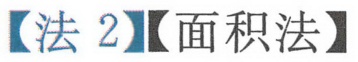
【法 2】【面积法】